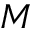
M